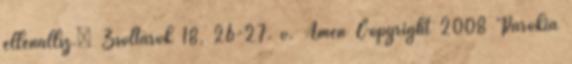
ellenállsz.” Zsoltárok 18, 26-27. v. Ámen Copyright 2008 Parókia